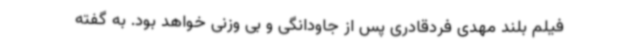
فیلم بلند مهدی فردقادری پس از جاودانگی و بی وزنی خواهد بود. به گفته